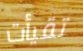
تقيأت